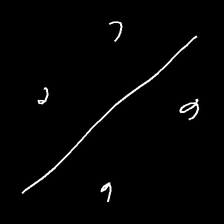
Glyph: cool